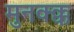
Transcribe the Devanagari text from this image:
मुनक्क्क